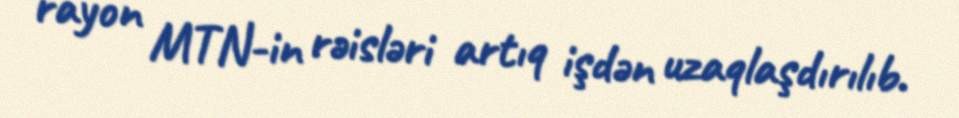
rayon MTN-in rəisləri artıq işdən uzaqlaşdırılıb.